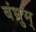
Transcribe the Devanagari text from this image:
बंधुम्